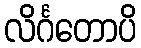
လိင်္ဂတောပိ